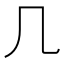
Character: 几